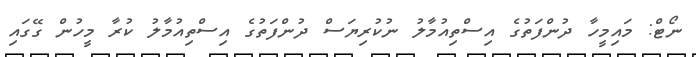
ނޯޓް: މައިމީހާ ދުންފަތުގެ އިސްތިއުމާލު ނުކުރިޔަސް ދުންފަތުގެ އިސްތިއުމާލު ކުރާ މީހުން ގޭގައި